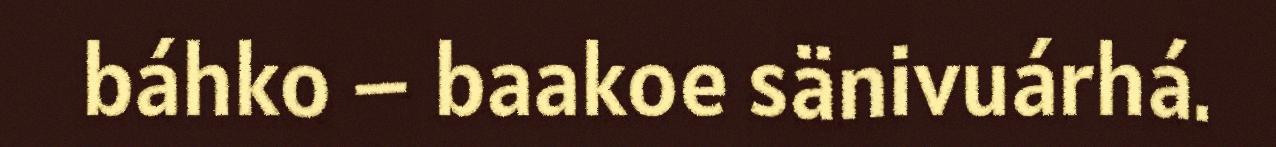
báhko – baakoe sänivuárhá.